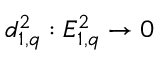
d _ { 1 , q } ^ { 2 } : E _ { 1 , q } ^ { 2 } \to 0